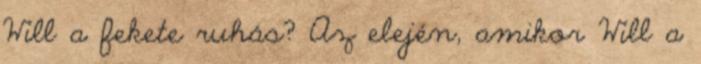
Will a fekete ruhás? Az elején, amikor Will a